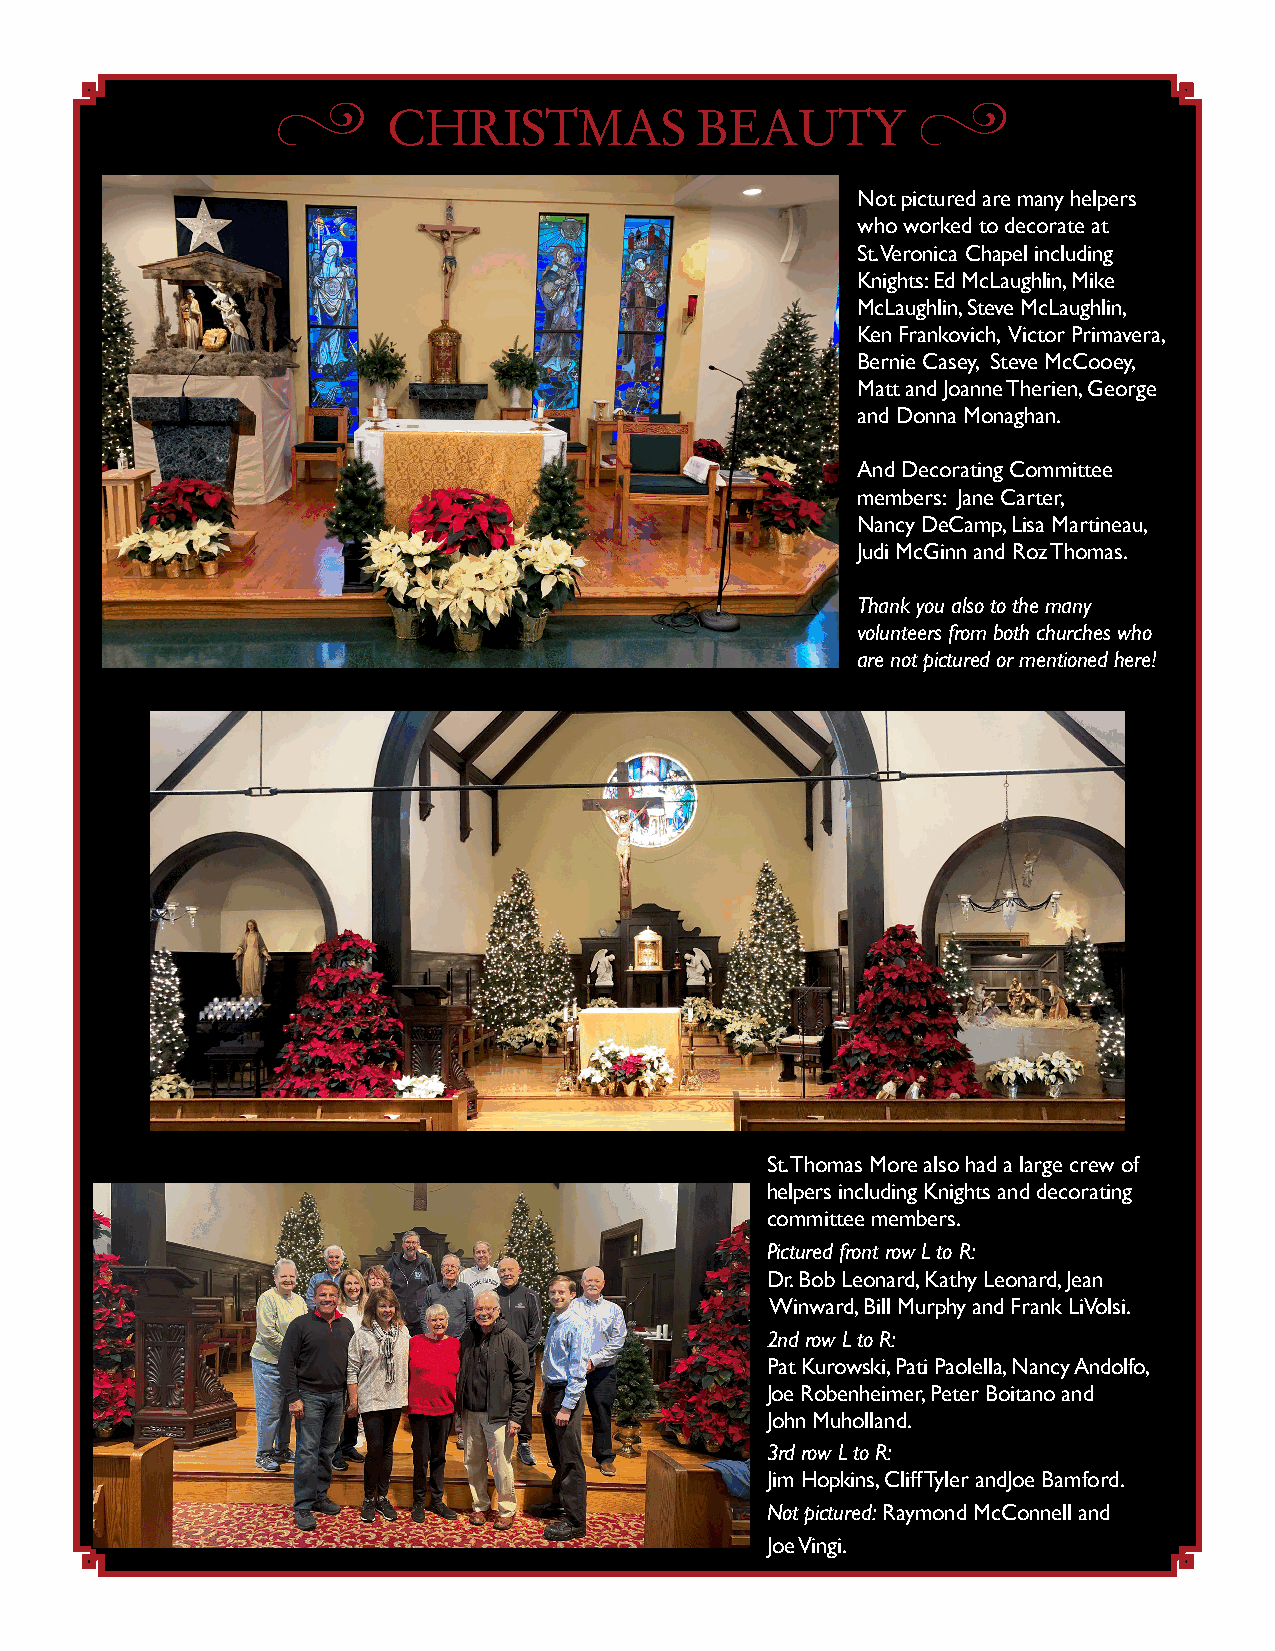
z                                          z
 CHRISTMAS           BEAUTY
 Not pictured are many helpers
 who worked to decorate at
 St. Veronica Chapel including
 Knights: Ed McLaughlin, Mike
 McLaughlin, Steve McLaughlin,
 Ken Frankovich, Victor Primavera,
 Bernie Casey, Steve McCooey,
 Matt and Joanne Therien, George
 and Donna Monaghan.
 And Decorating Committee
 members: Jane Carter,
 Nancy DeCamp, Lisa Martineau,
 Judi McGinn and Roz Thomas.
 Thank you also to the many
 volunteers from both churches who
 are not pictured or mentioned here!
 St. Thomas More also had a large crew of
 helpers including Knights and decorating
 committee members.
 Pictured front row L to R:
 Dr. Bob Leonard, Kathy Leonard, Jean
 Winward, Bill Murphy and Frank LiVolsi.
 2nd row L to R:
 Pat Kurowski, Pati Paolella, Nancy Andolfo,
 Joe Robenheimer, Peter Boitano and
 John Muholland.
 3rd row L to R:
 Jim Hopkins, Cliff Tyler andJoe Bamford.
 Not pictured: Raymond McConnell and
 Joe Vingi.